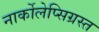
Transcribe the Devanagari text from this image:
नार्कोलेप्सिग्रस्त